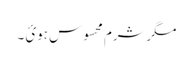
مگرشرم محسوس ہوئ ۔